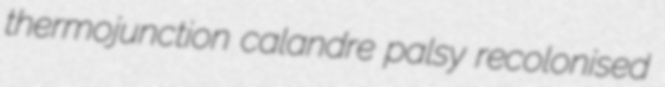
thermojunction calandre palsy recolonised